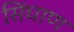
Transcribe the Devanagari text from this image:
सिंघाण